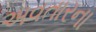
અવતારના